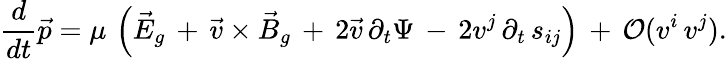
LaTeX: \frac{d}{dt}\vec{p}=\mu\, \left(\vec{E}_{g}\, +\, \vec{v}\times\vec{B}_{g}\, +\, 2\vec{v}\, \partial_{t}\Psi\, -\, 2v^{j}\, \partial_{t}\, s_{ij}\right)\, +\, {\cal O}(v^{i}\, v^{j}).